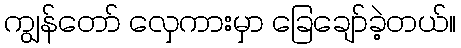
ကျွန်တော် လှေကားမှာ ခြေချော်ခဲ့တယ်။